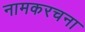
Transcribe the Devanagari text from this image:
नामकरचना